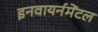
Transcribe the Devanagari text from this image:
इनवायर्नमेंटल